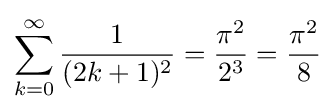
\sum _{k=0}^{\infty }{\frac {1}{(2k+1)^{2}}}={\frac {\pi ^{2}}{2^{3}}}={\frac {\pi ^{2}}{8}}